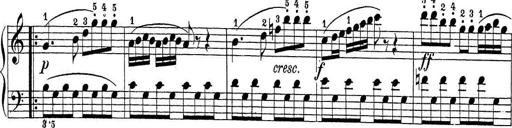
Title: Sonatina Album
Composer: Louis KÃ¶hler